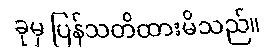
ခုမှ ပြန်သတိထားမိသည်။